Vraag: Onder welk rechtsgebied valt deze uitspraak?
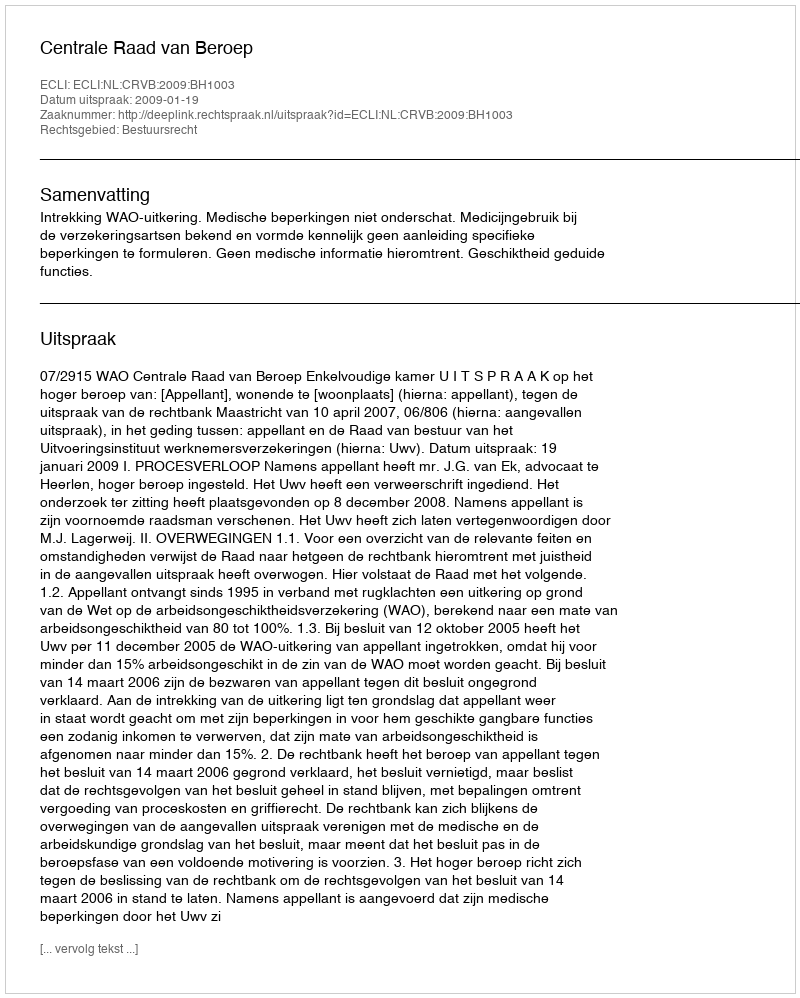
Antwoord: Bestuursrecht